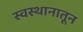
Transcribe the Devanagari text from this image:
स्वस्थानातून